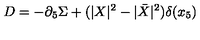
D = - \partial _ { 5 } \Sigma + ( | X | ^ { 2 } - | \bar { X } | ^ { 2 } ) \delta ( x _ { 5 } )